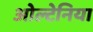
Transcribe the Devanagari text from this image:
ओल्टेनिया